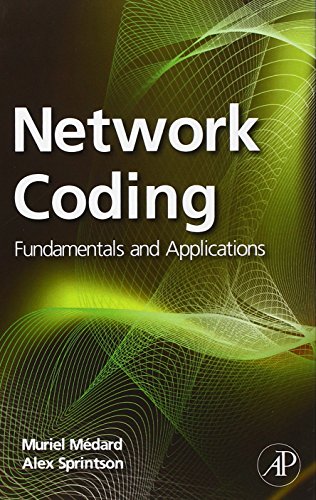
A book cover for Network Coding: Fundamentals and Applications; Computers & Technology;